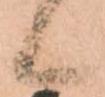
候